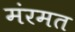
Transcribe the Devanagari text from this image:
मंरमत